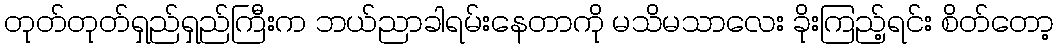
တုတ်တုတ်ရှည်ရှည်ကြီးက ဘယ်ညာခါရမ်းနေတာကို မသိမသာလေး ခိုးကြည့်ရင်း စိတ်တော့